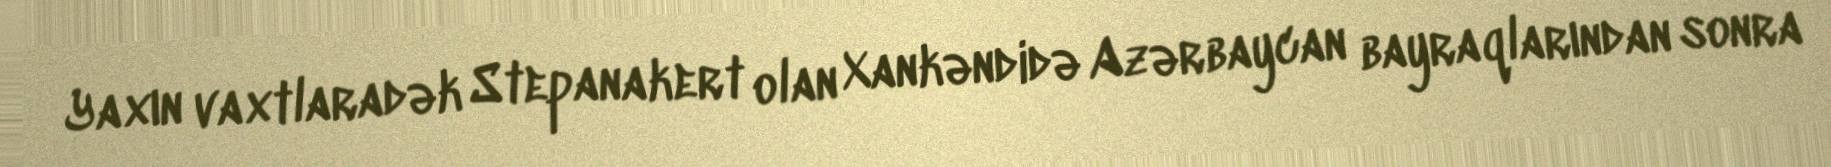
Yaxın vaxtlaradək Stepanakert olan Xankəndidə Azərbaycan bayraqlarından sonra